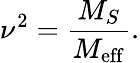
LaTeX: \nu^{2}=\frac{M_{S}}{M_{\mathrm{eff}}}.